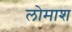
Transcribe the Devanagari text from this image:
लोमाश